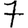
Digit: 7